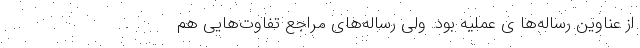
از عناوین رساله‌ها ی عملیه بود. ولی رساله‌های مراجع تفاوت‌هایی هم